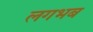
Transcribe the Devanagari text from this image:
लगभब